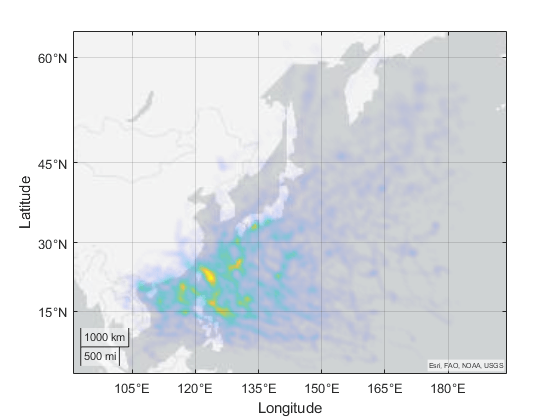
matlab, geodensityplot